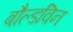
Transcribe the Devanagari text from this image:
बौल्डविन